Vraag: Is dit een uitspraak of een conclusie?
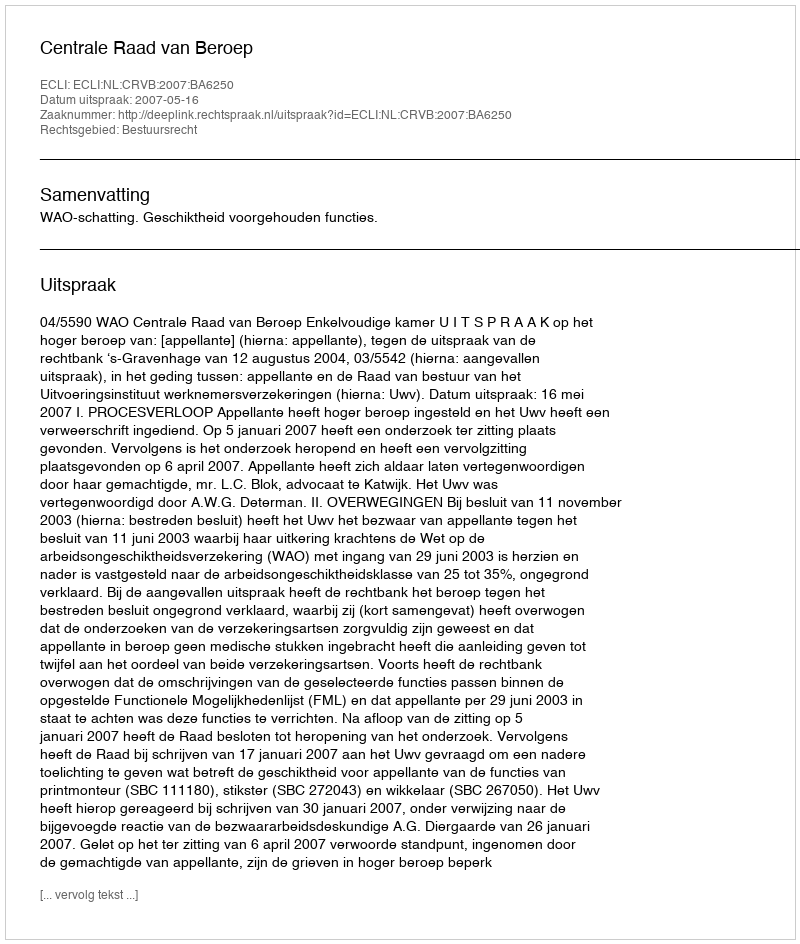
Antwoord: Uitspraak